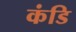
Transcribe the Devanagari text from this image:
कंडि